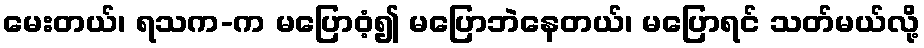
မေးတယ်၊ ရသက-က မပြောဝံ့၍ မပြောဘဲနေတယ်၊ မပြောရင် သတ်မယ်လို့